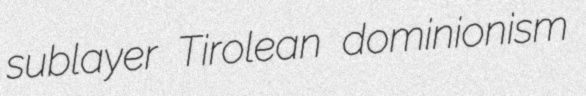
sublayer Tirolean dominionism